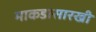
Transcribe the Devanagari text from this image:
माकडासारखी